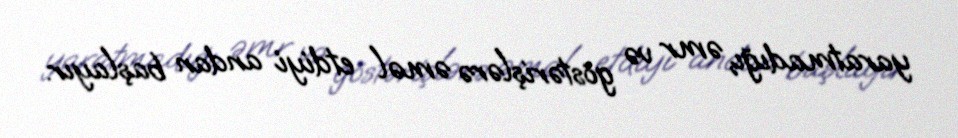
yaratmadığı, əmr və göstərişlərə əməl etdiyi andan başlayır.